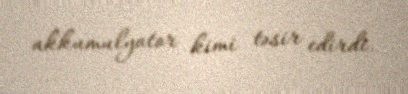
akkumulyator kimi təsir edirdi.